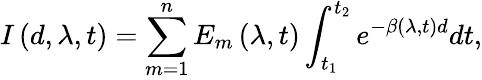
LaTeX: I\left(d,\lambda,t\right)=\sum_{m=1}^{n}E_{m}\left(\lambda,t\right)\int_{t_{1}}^{t_{2}}e^{-\beta\left(\lambda,t\right)d}dt,